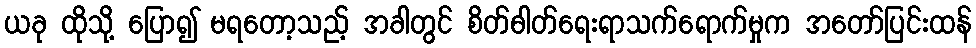
ယခု ထိုသို့ ပြော၍ မရတော့သည့် အခါတွင် စိတ်ဓါတ်ရေးရာသက်ရောက်မှုက အတော်ပြင်းထန်